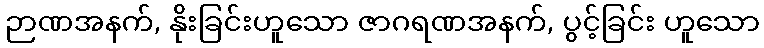
ဉာဏအနက်, နိုးခြင်းဟူသော ဇာဂရဏအနက်, ပွင့်ခြင်း ဟူသော